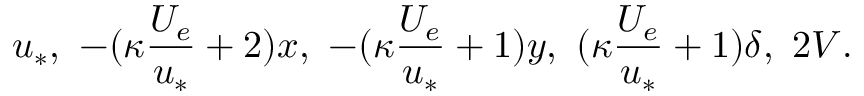
u _ { * } , \ - ( \kappa \frac { U _ { e } } { u _ { * } } + 2 ) x , \ - ( \kappa \frac { U _ { e } } { u _ { * } } + 1 ) y , \ ( \kappa \frac { U _ { e } } { u _ { * } } + 1 ) \delta , \ 2 V .